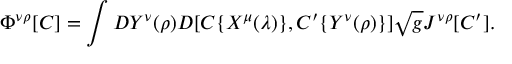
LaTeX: \Phi ^ { \nu \rho } [ C ] = \int { \cal D } Y ^ { \nu } ( \rho ) D [ C \{ X ^ { \mu } ( \lambda ) \} , C ^ { \prime } \{ Y ^ { \nu } ( \rho ) \} ] \sqrt { g } J ^ { \nu \rho } [ C ^ { \prime } ] . \hfill